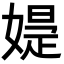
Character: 𡠕